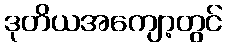
ဒုတိယအကျော့တွင်